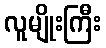
လူမျိုးကြီး